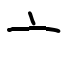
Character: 亠